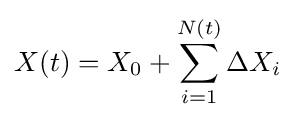
X(t)=X_{0}+\sum _{i=1}^{N(t)}\Delta X_{i}